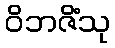
ဝိဘဇိံသု